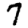
Digit: 7